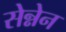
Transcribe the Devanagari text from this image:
सेन्नेन